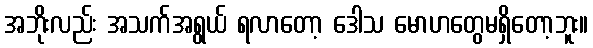
အဘိုးလည်း အသက်အရွယ် ရလာတော့ ဒေါသ မောဟတွေမရှိတော့ဘူး။